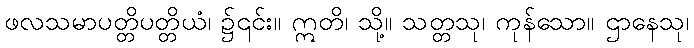
ဖလသမာပတ္တိပတ္တိယံ၊ ၌၎င်း။ ဣတိ၊ သို့။ သတ္တသု၊ ကုန်သော။ ဌာနေသု၊